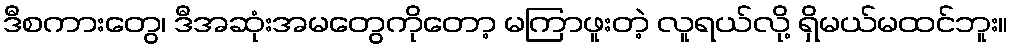
ဒီစကားတွေ၊ ဒီအဆုံးအမတွေကိုတော့ မကြာဖူးတဲ့ လူရယ်လို့ ရှိမယ်မထင်ဘူး။